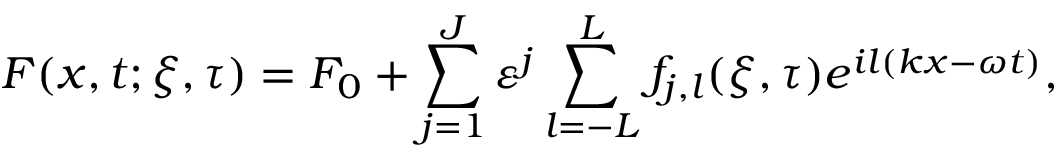
F ( x , t ; \xi , \tau ) = F _ { 0 } + \sum _ { j = 1 } ^ { J } \varepsilon ^ { j } \sum _ { l = - L } ^ { L } f _ { j , l } ( \xi , \tau ) e ^ { i l ( k x - \omega t ) } ,